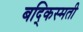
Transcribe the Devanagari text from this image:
बद्किस्मती